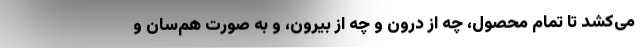
می‌کشد تا تمام محصول، چه از درون و چه از بیرون، و به صورت هم‌سان و